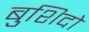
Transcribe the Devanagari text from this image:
बुशिदो